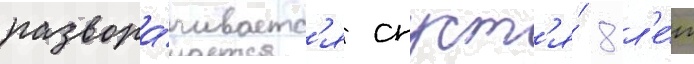
развора́чиваетс'я спуст'я́ 8 л'е́т